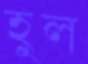
হুল